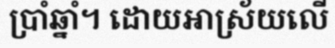
ប្រាំឆ្នាំ។ ដោយអាស្រ័យលើ